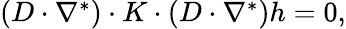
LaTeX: \begin{array}{r}{(D\cdot\nabla^{*})\cdot K\cdot(D\cdot\nabla^{*})h=0,}\end{array}